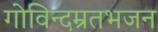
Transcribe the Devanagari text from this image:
गोविन्दम्रतभजन